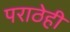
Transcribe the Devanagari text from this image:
पराठेही